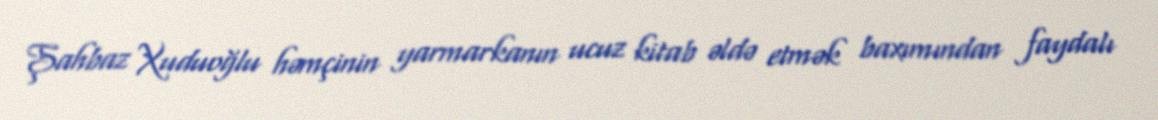
Şahbaz Xuduoğlu həmçinin yarmarkanın ucuz kitab əldə etmək baxımından faydalı